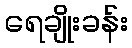
ရေချိုးခန်း